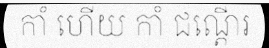
កាំ ហើយ កាំ ជណ្តើរ